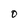
Character: O